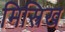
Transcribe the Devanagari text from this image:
मिस्त्रिख